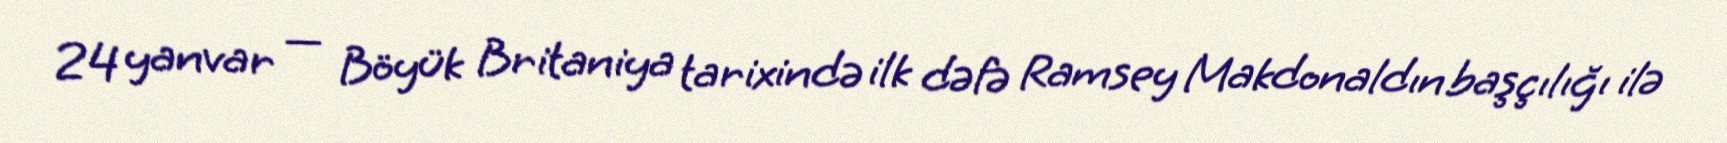
24 yanvar — Böyük Britaniya tarixində ilk dəfə Ramsey Makdonaldın başçılığı ilə